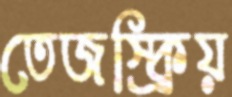
তেজস্ক্রিয়